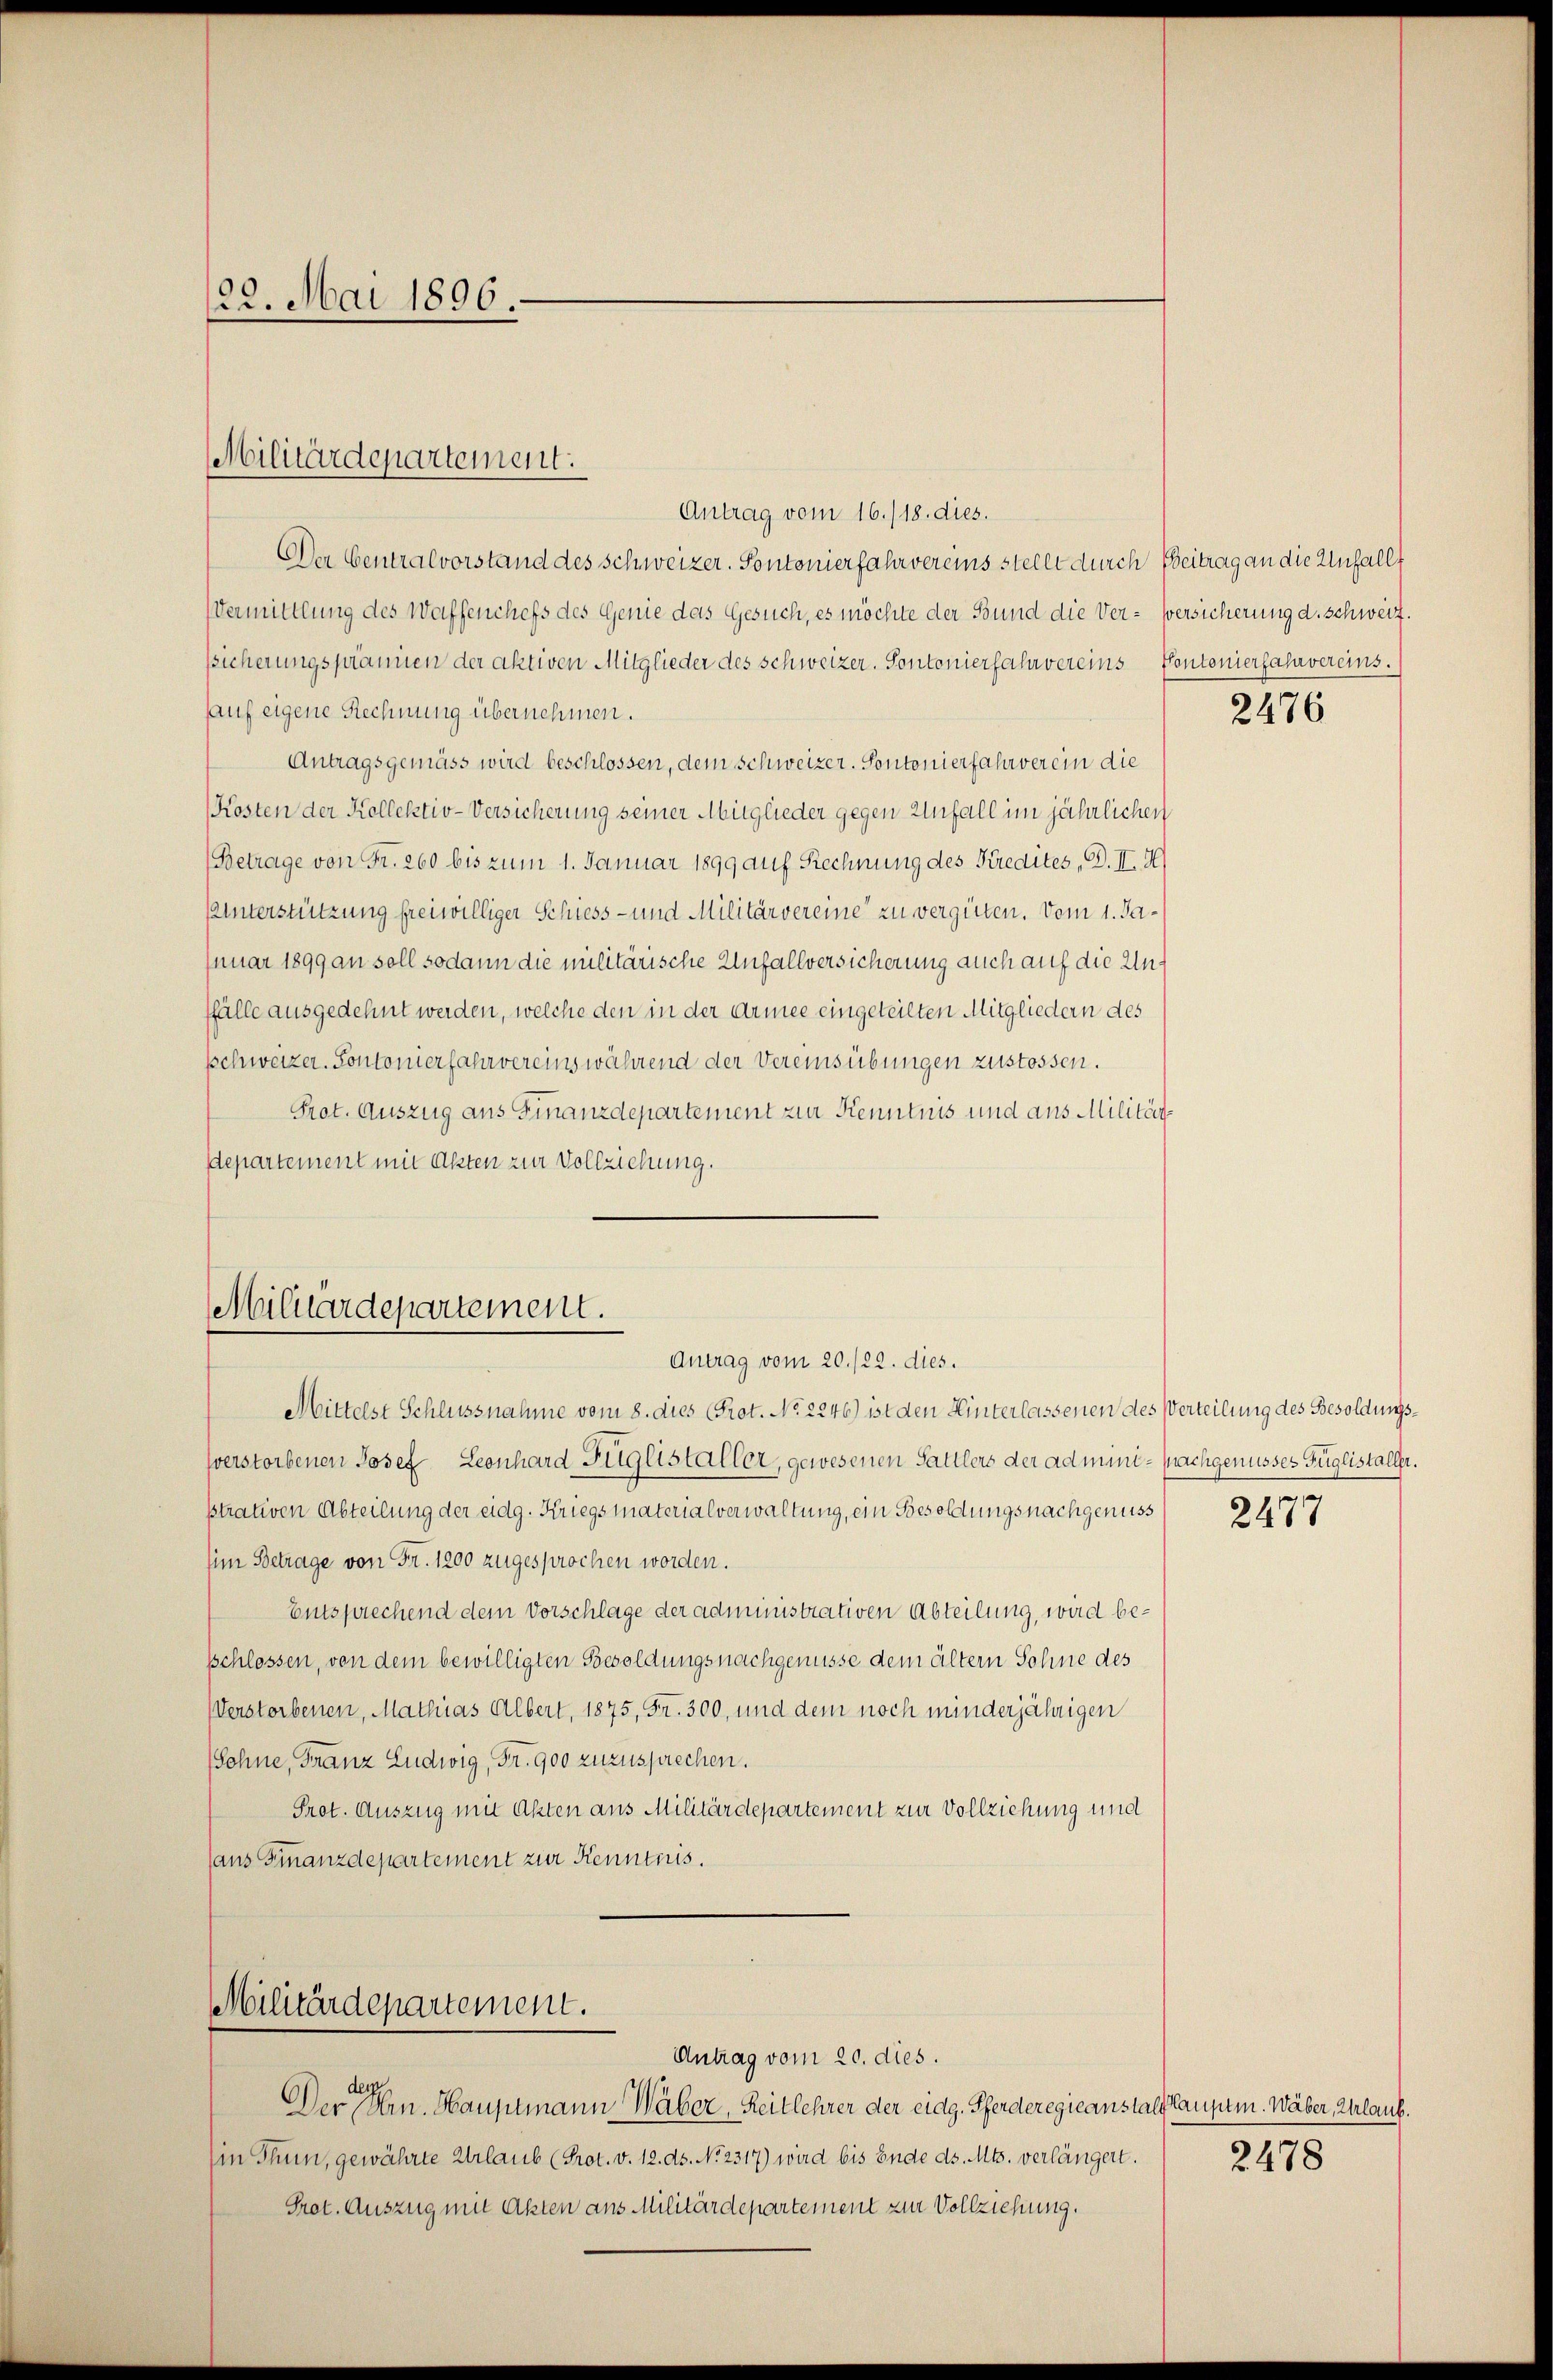
122. Mai 1896.

Antrag vom 16./18. dies.
Der Centralvorstand des Schweizer. Pontonierfahrvereins stellt durch Beitrag an die Unfallt
Vermittlung des Waffenchefs des Genie das Gesuch, es möchte der Bund die Ver- Versicherung d. schweiz.
ssicherungsprämien der aktiven Mitglieder des Schweizer. Pontonierfahrvereins Contonierfahrvereins.
auf eigene Rechnung übernehmen.
Antragsgemäss wird beschlossen, dem Schweizer. Sontonierfahrver ein die
Kosten der Kellektiv-Versicherung seiner Mitglieder gegen Unfall im jährlichen
(Betrage von Fr. 260 bis zum 1. Januar 1899 auf Rechnung des Kredites, D. II. H
Unterstützung freiwilliger Schiess- und Militärvereine zu vergüten. Vom 1. Januar 1899 an soll sodann die militärische Unfallversicherung auch auf die Unffälle ausgedehnt werden, welche den in der Armee eingeteilten Mitgliedern des
schweizer. Kontonierfahrvereins während der Vereinsübungen zustossen.
Prot. Auszug aus Finanzdepartement zur Kenntnis und aus Militär¬
Departement mit Akten zur Vollziehung.

Militärdepartement.

Militärdepartement.
Antrag vom 20./22. dies.

Militärdepartement.

Mittelst Schlussnahme vom 8. dies (Prot. No. 2246) ist den Hinterlassenen des Verteilung des Besoldungssverstorbenen Josef Leonhard Füglistaller, gewesenen Sattlers der admini - nachgenusses Füglistaller.
strativen Abteilung der eidg. Kriegsmaterialverwaltung, ein Besoldungsnachgenuss
him Betrage von Fr. 1200 zugesprochen worden.
Entsprechend dem Vorschlage der administrativen Abteilung, wird beschlossen, von dem bewilligten Besoldungsnachgenüsse dem ältern Sohne des
Verstorbenen, Mathias Albert, 1875, Fr. 300, und dem noch minderjährigen
(Sohne, Franz Ludwig, Fr. 900 zuzusprechen.
Prot. Auszug mit Akten aus Militärdepartement zur Vollziehung und
ans Finanzdepartement zur Kenntnis.

Antrag vom 20. dies.
des
Der Bern. Hauptmann Wäber, Reitlehrer der eidg. Pferderegieanstalt Kaufen. Wäber, Urlaub.
Ein Thun, gewährte Urlaub (Prot. v. 12. ds. No. 2317) wird bis Ende ds. Mts. verlängert. 247
Prot. Auszug mit Akten aus Militärdepartement zur Vollziehung.

2476

2477